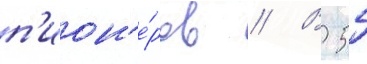
п'ион'е́ров // В 55